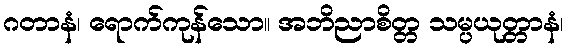
ဂတာနံ၊ ရောက်ကုန်သော။ အဘိညာစိတ္တ သမ္ပယုတ္တာနံ၊